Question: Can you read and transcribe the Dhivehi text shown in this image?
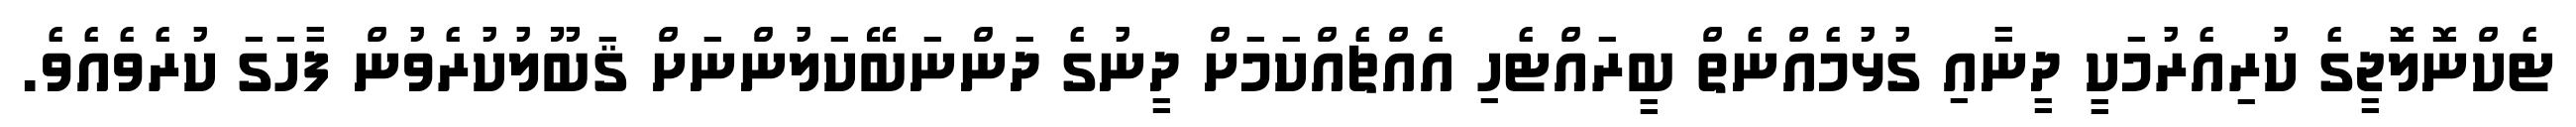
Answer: ޓެކްނޮލޮޖީގެ ކުރިއެރުމަކީ ދީނާއި ގުޅުމެއްނެތް ބީރައްޓެހި އެއްޗެއްކަމަށް ދީނުގެ ދަންނަބޭކަލުންނަށް ޤަބޫލުކުރެވުން ފާހަގަ ކުރެވެއެވެ.